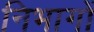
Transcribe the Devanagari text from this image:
निभागों